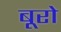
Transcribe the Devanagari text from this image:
बूरो